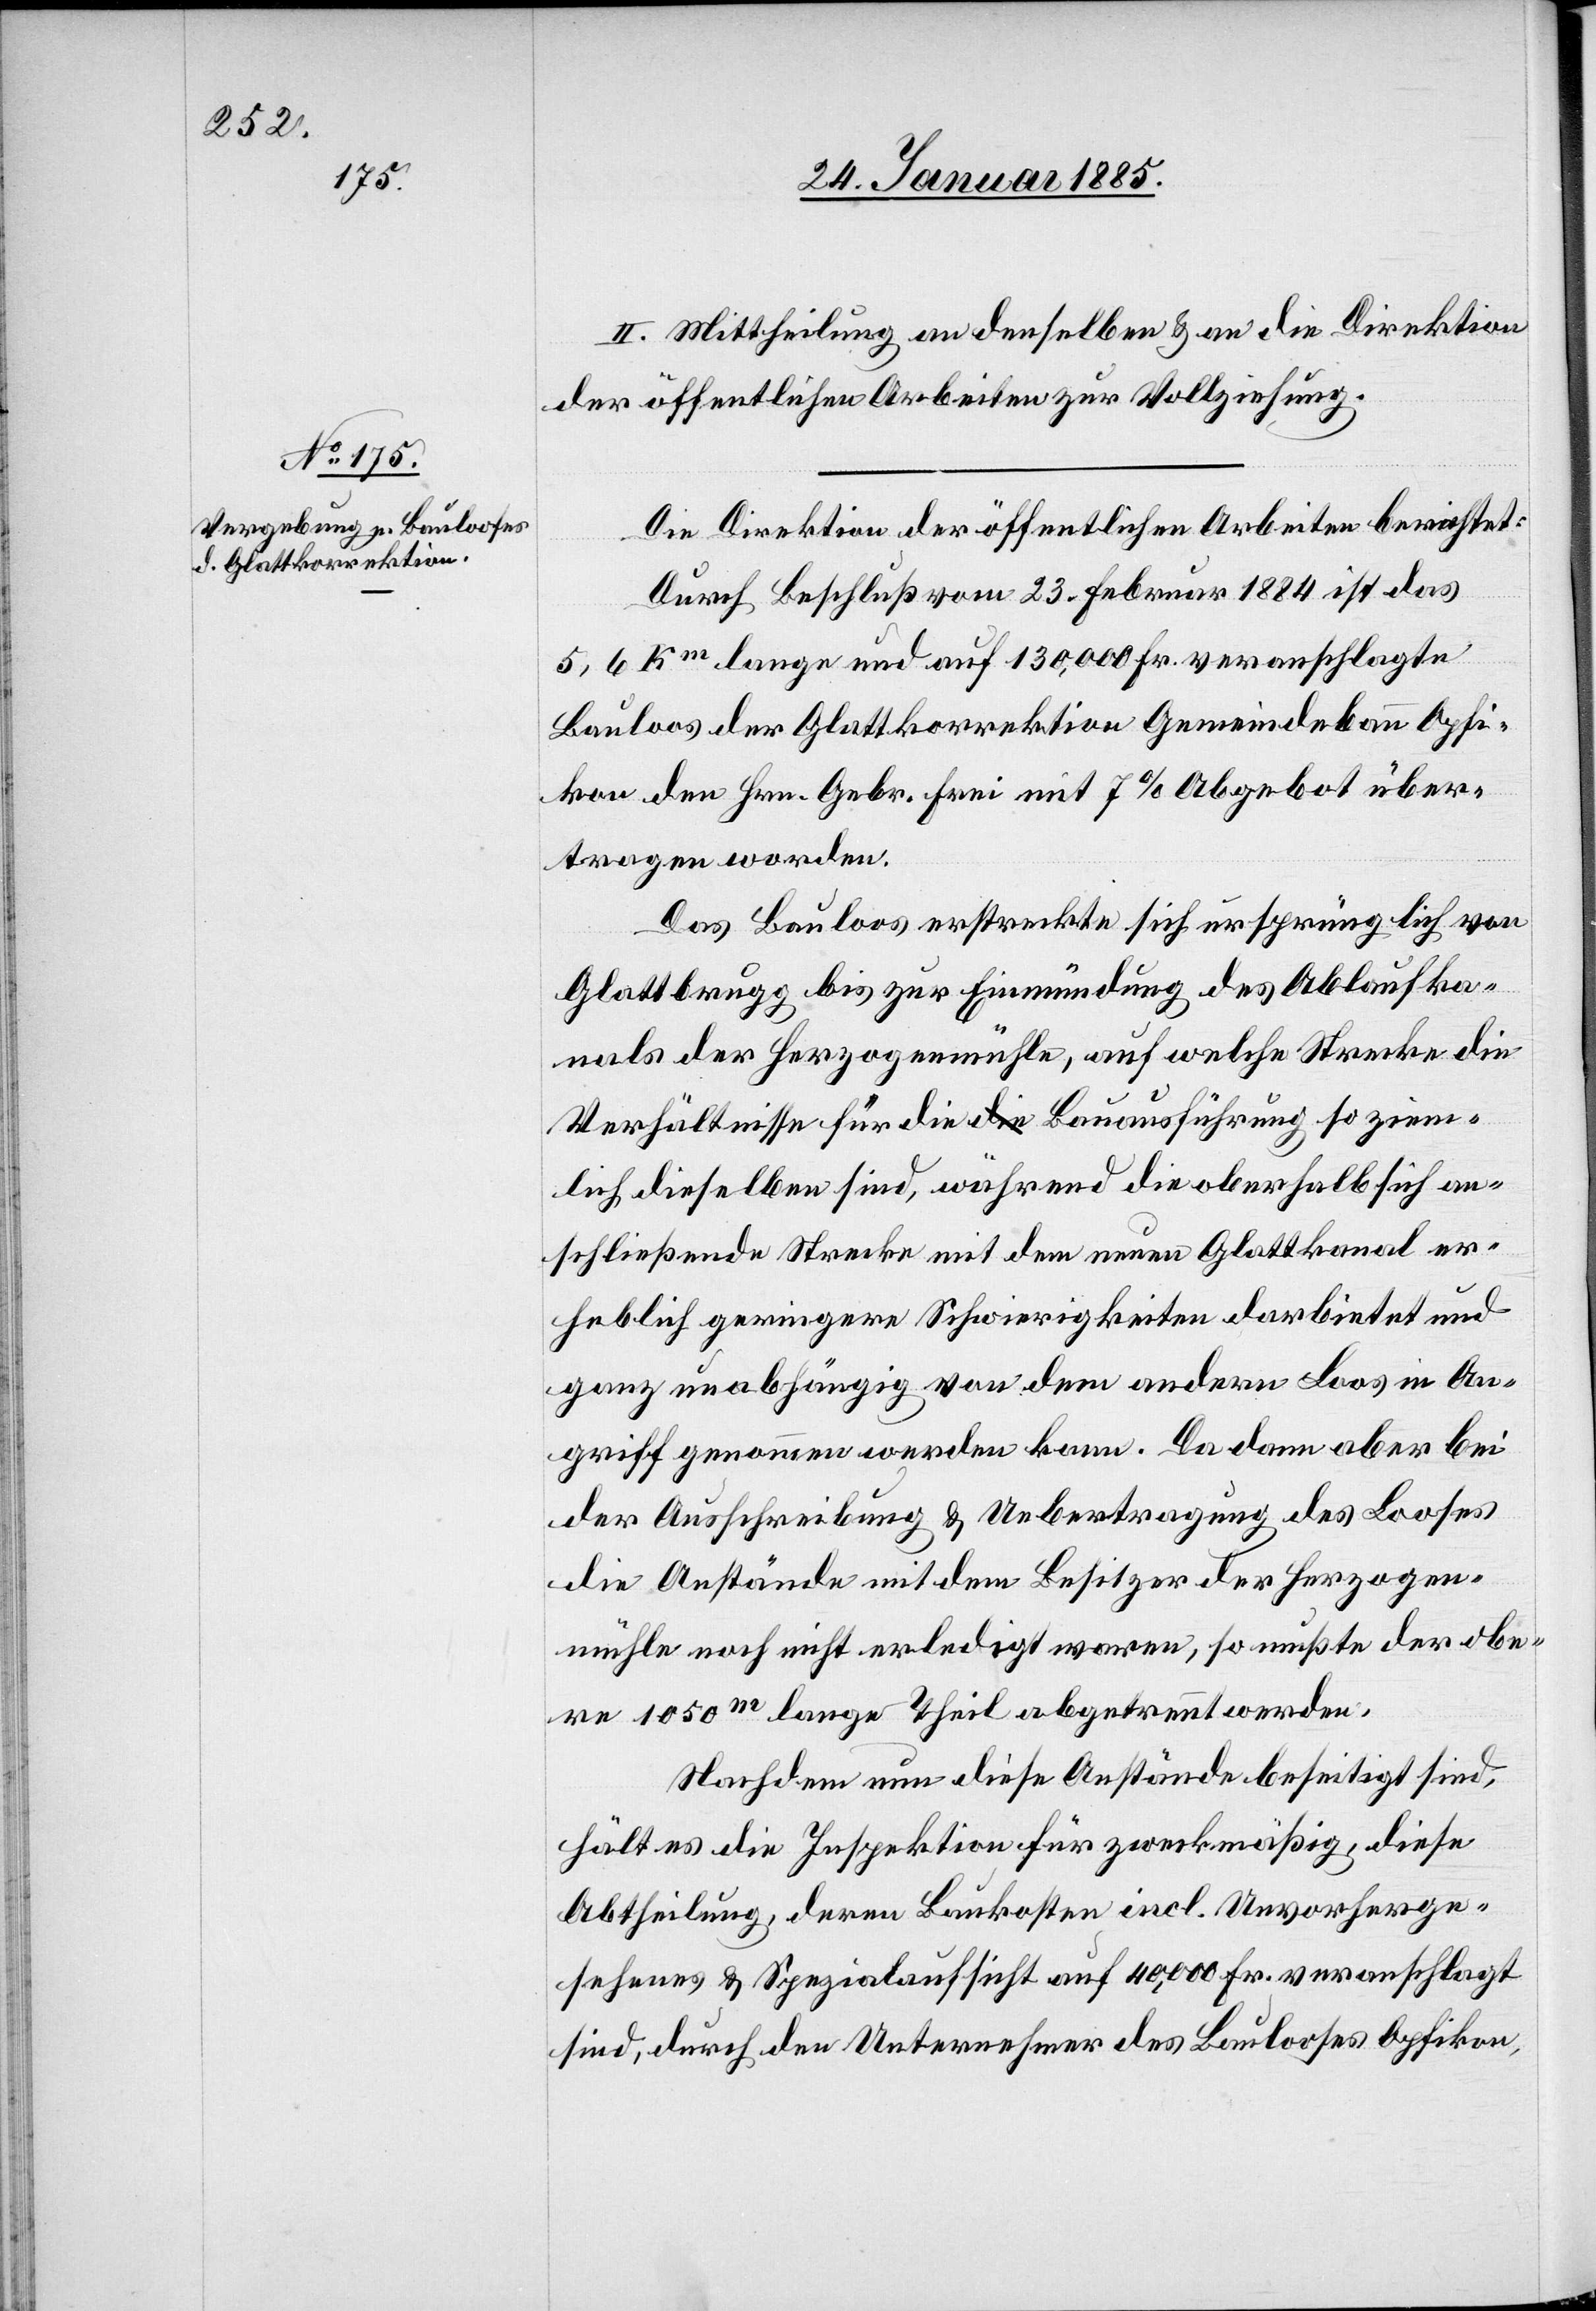
II. Mittheilung an denselben & an die Direktion
der öffentlichen Arbeiten zur Vollziehung.
Die Direktion der öffentlichen Arbeiten berichtet:
Durch Beschluß vom 23. Februar 1884 ist das
5,6 Km lange und auf 130,000 Fr. veranschlagte
Bauloos der Glattkorrektion Gemeindebann Opfi¬
kon den Hrn. Gebr. Erni mit 7% Abgebot über¬
tragen worden.
Das Bauloos erstreckte sich ursprünglich von
Glattbrugg bis zur Einmündung des Ablaufka¬
nals der Herzogenmühle, auf welche Strecke die
Verhältnisse für die Bauausführung so ziem¬
lich dieselben sind, während die oberhalb sich an¬
schließende Strecke mit dem neuen Glattkanal er¬
heblich geringere Schwierigkeiten darbietet und
ganz unabhängig von dem andern Loos in An¬
griff genommen werden kann. Da dann aber bei
der Ausschreibung & Uebertragung des Looses
die Anstände mit dem Besitzer der Herzogen¬
mühle noch nicht erledigt waren, so musste der obe¬
re 1050m lange Theil abgetrennt werden.
Nachdem nun diese Anstände beseitigt sind,
hält es die Inspektion für zweckmäßig, diese
Abtheilung, deren Baukosten incl. Unvorherge¬
sehenes & Spezialaufsicht auf 40,000 Fr. veranschlagt
sind, durch den Unternehmer des Baulooses Opfikon,